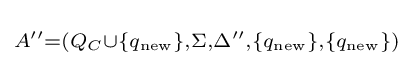
\scriptstyle A''=(Q_{C}\cup \{q_{\text{new}}\},\Sigma ,\Delta '',\{q_{\text{new}}\},\{q_{\text{new}}\})